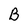
Character: B